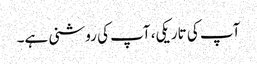
آپ کی تاریکی، آپ کی روشنی ہے۔